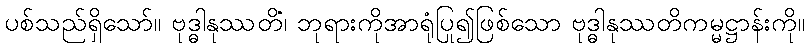
ပစ်သည်ရှိသော်။ ဗုဒ္ဓါနုဿတိံ၊ ဘုရားကိုအာရုံပြု၍ဖြစ်သော ဗုဒ္ဓါနုဿတိကမ္မဋ္ဌာန်းကို။